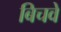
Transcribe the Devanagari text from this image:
बिचवे